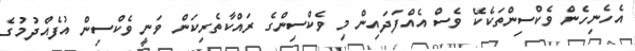
އެހެނިހެން ވެކްސިންތަކެކޭ ވެސް އެއްފަދައިން މި ވެކްސިންގެ ރައްކާތެރިކަން ވަނީ ވެކްސިން އުފެއްދުމުގެ